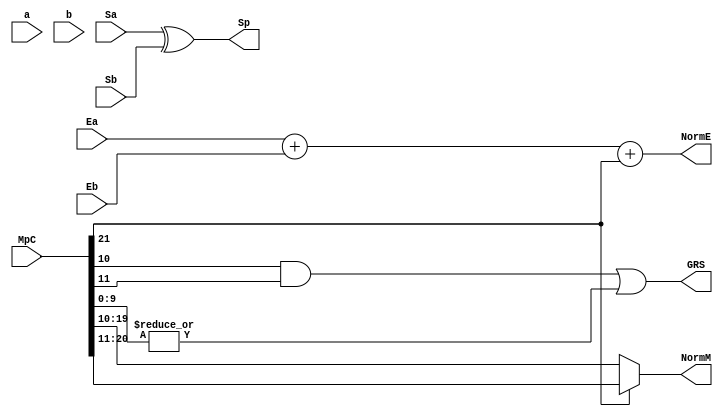
`define SIMULATION_MEMORY
`define EXPONENT 5
`define MANTISSA 10
`define ACTUAL_MANTISSA 11
`define EXPONENT_LSB 10
`define EXPONENT_MSB 14
`define MANTISSA_LSB 0
`define MANTISSA_MSB 9
`define MANTISSA_MUL_SPLIT_LSB 3
`define MANTISSA_MUL_SPLIT_MSB 9
`define SIGN 1
`define SIGN_LOC 15
`define DWIDTH (`SIGN+`EXPONENT+`MANTISSA)
`define IEEE_COMPLIANCE 1

module FPMult_ExecuteModule(
		a,
		b,
		MpC,
		Ea,
		Eb,
		Sa,
		Sb,
		Sp,
		NormE,
		NormM,
		GRS
    );

	// Input ports
	input [`MANTISSA-1:0] a ;
	input [2*`EXPONENT:0] b ;
	input [2*`MANTISSA+1:0] MpC ;
	input [`EXPONENT-1:0] Ea ;						// A's exponent
	input [`EXPONENT-1:0] Eb ;						// B's exponent
	input Sa ;								// A's sign
	input Sb ;								// B's sign

	// Output ports
	output Sp ;								// Product sign
	output [`EXPONENT:0] NormE ;													// Normalized exponent
	output [`MANTISSA-1:0] NormM ;												// Normalized mantissa
	output GRS ;

	wire [2*`MANTISSA+1:0] Mp ;

	assign Sp = (Sa ^ Sb) ;												// Equal signs give a positive product

   // wire [`ACTUAL_MANTISSA-1:0] inp_a;
   // wire [`ACTUAL_MANTISSA-1:0] inp_b;
   // assign inp_a = {1'b1, a};
   // assign inp_b = {{(`MANTISSA-`MANTISSA_MUL_SPLIT_LSB){1'b0}}, 1'b0, b};
   // DW02_mult #(`ACTUAL_MANTISSA,`ACTUAL_MANTISSA) u_mult(.A(inp_a), .B(inp_b), .TC(1'b0), .PRODUCT(Mp_temp));
   // DW01_add #(2*`ACTUAL_MANTISSA) u_add(.A(Mp_temp), .B(MpC<<`MANTISSA_MUL_SPLIT_LSB), .CI(1'b0), .SUM(Mp), .CO());

	//assign Mp = (MpC<<(2*`EXPONENT+1)) + ({4'b0001, a[`MANTISSA-1:0]}*{1'b0, b[2*`EXPONENT:0]}) ;
	assign Mp = MpC;


	assign NormM = (Mp[2*`MANTISSA+1] ? Mp[2*`MANTISSA:`MANTISSA+1] : Mp[2*`MANTISSA-1:`MANTISSA]); 	// Check for overflow
	assign NormE = (Ea + Eb + Mp[2*`MANTISSA+1]);								// If so, increment exponent

	assign GRS = ((Mp[`MANTISSA]&(Mp[`MANTISSA+1]))|(|Mp[`MANTISSA-1:0])) ;

endmodule